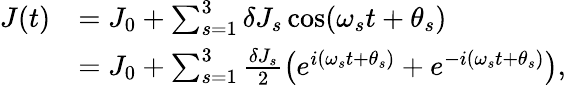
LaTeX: \begin{array}{rl}{J(t)}&{=J_{0}+\sum_{s=1}^{3}\delta J_{s}\cos(\omega_{s}t+\theta_{s})}\\ &{=J_{0}+\sum_{s=1}^{3}\frac{\delta J_{s}}{2}\left(e^{i(\omega_{s}t+\theta_{s})}+e^{-i(\omega_{s}t+\theta_{s})}\right),}\end{array}